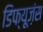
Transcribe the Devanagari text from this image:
डिफ्यूज़ंस